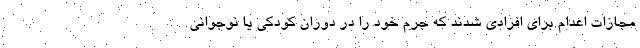
مجازات اعدام برای افرادی شدند که جرم خود را در دوران کودکی یا نوجوانی